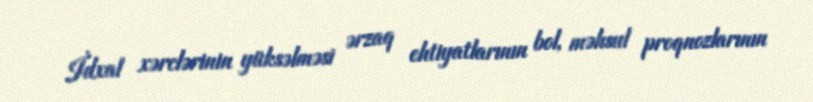
İdxal xərclərinin yüksəlməsi ərzaq ehtiyatlarının bol, məhsul proqnozlarının